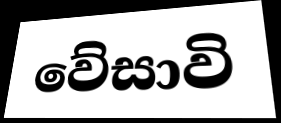
වේසාවි